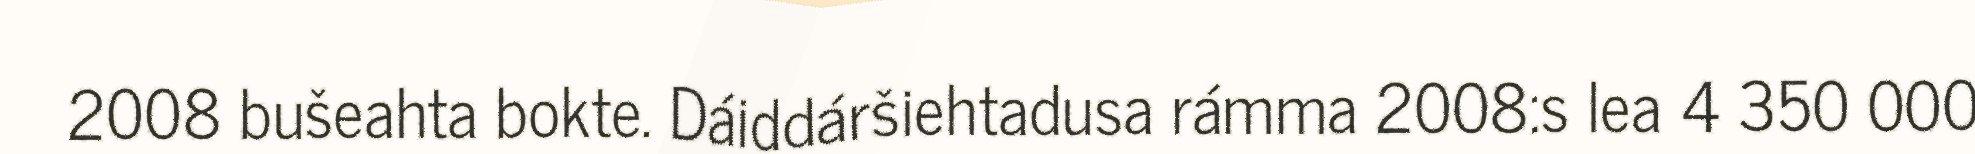
2008 bušeahta bokte. Dáiddáršiehtadusa rámma 2008:s lea 4 350 000